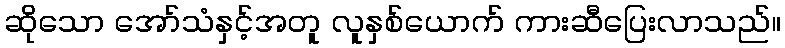
ဆိုသော အော်သံနှင့်အတူ လူနှစ်ယောက် ကားဆီပြေးလာသည်။